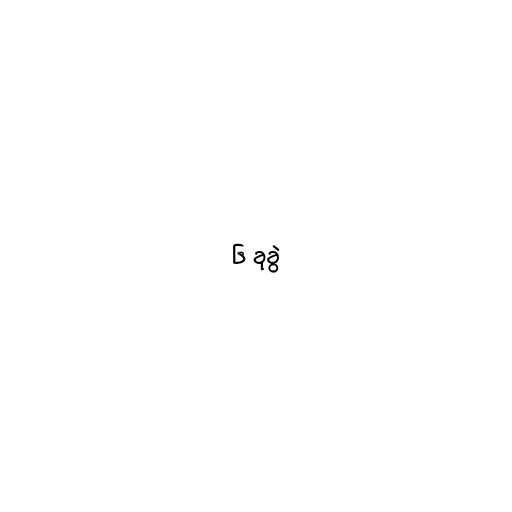
၆ ခုခွဲ